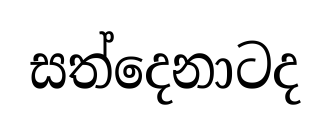
සත්දෙනාටද